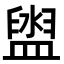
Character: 盥